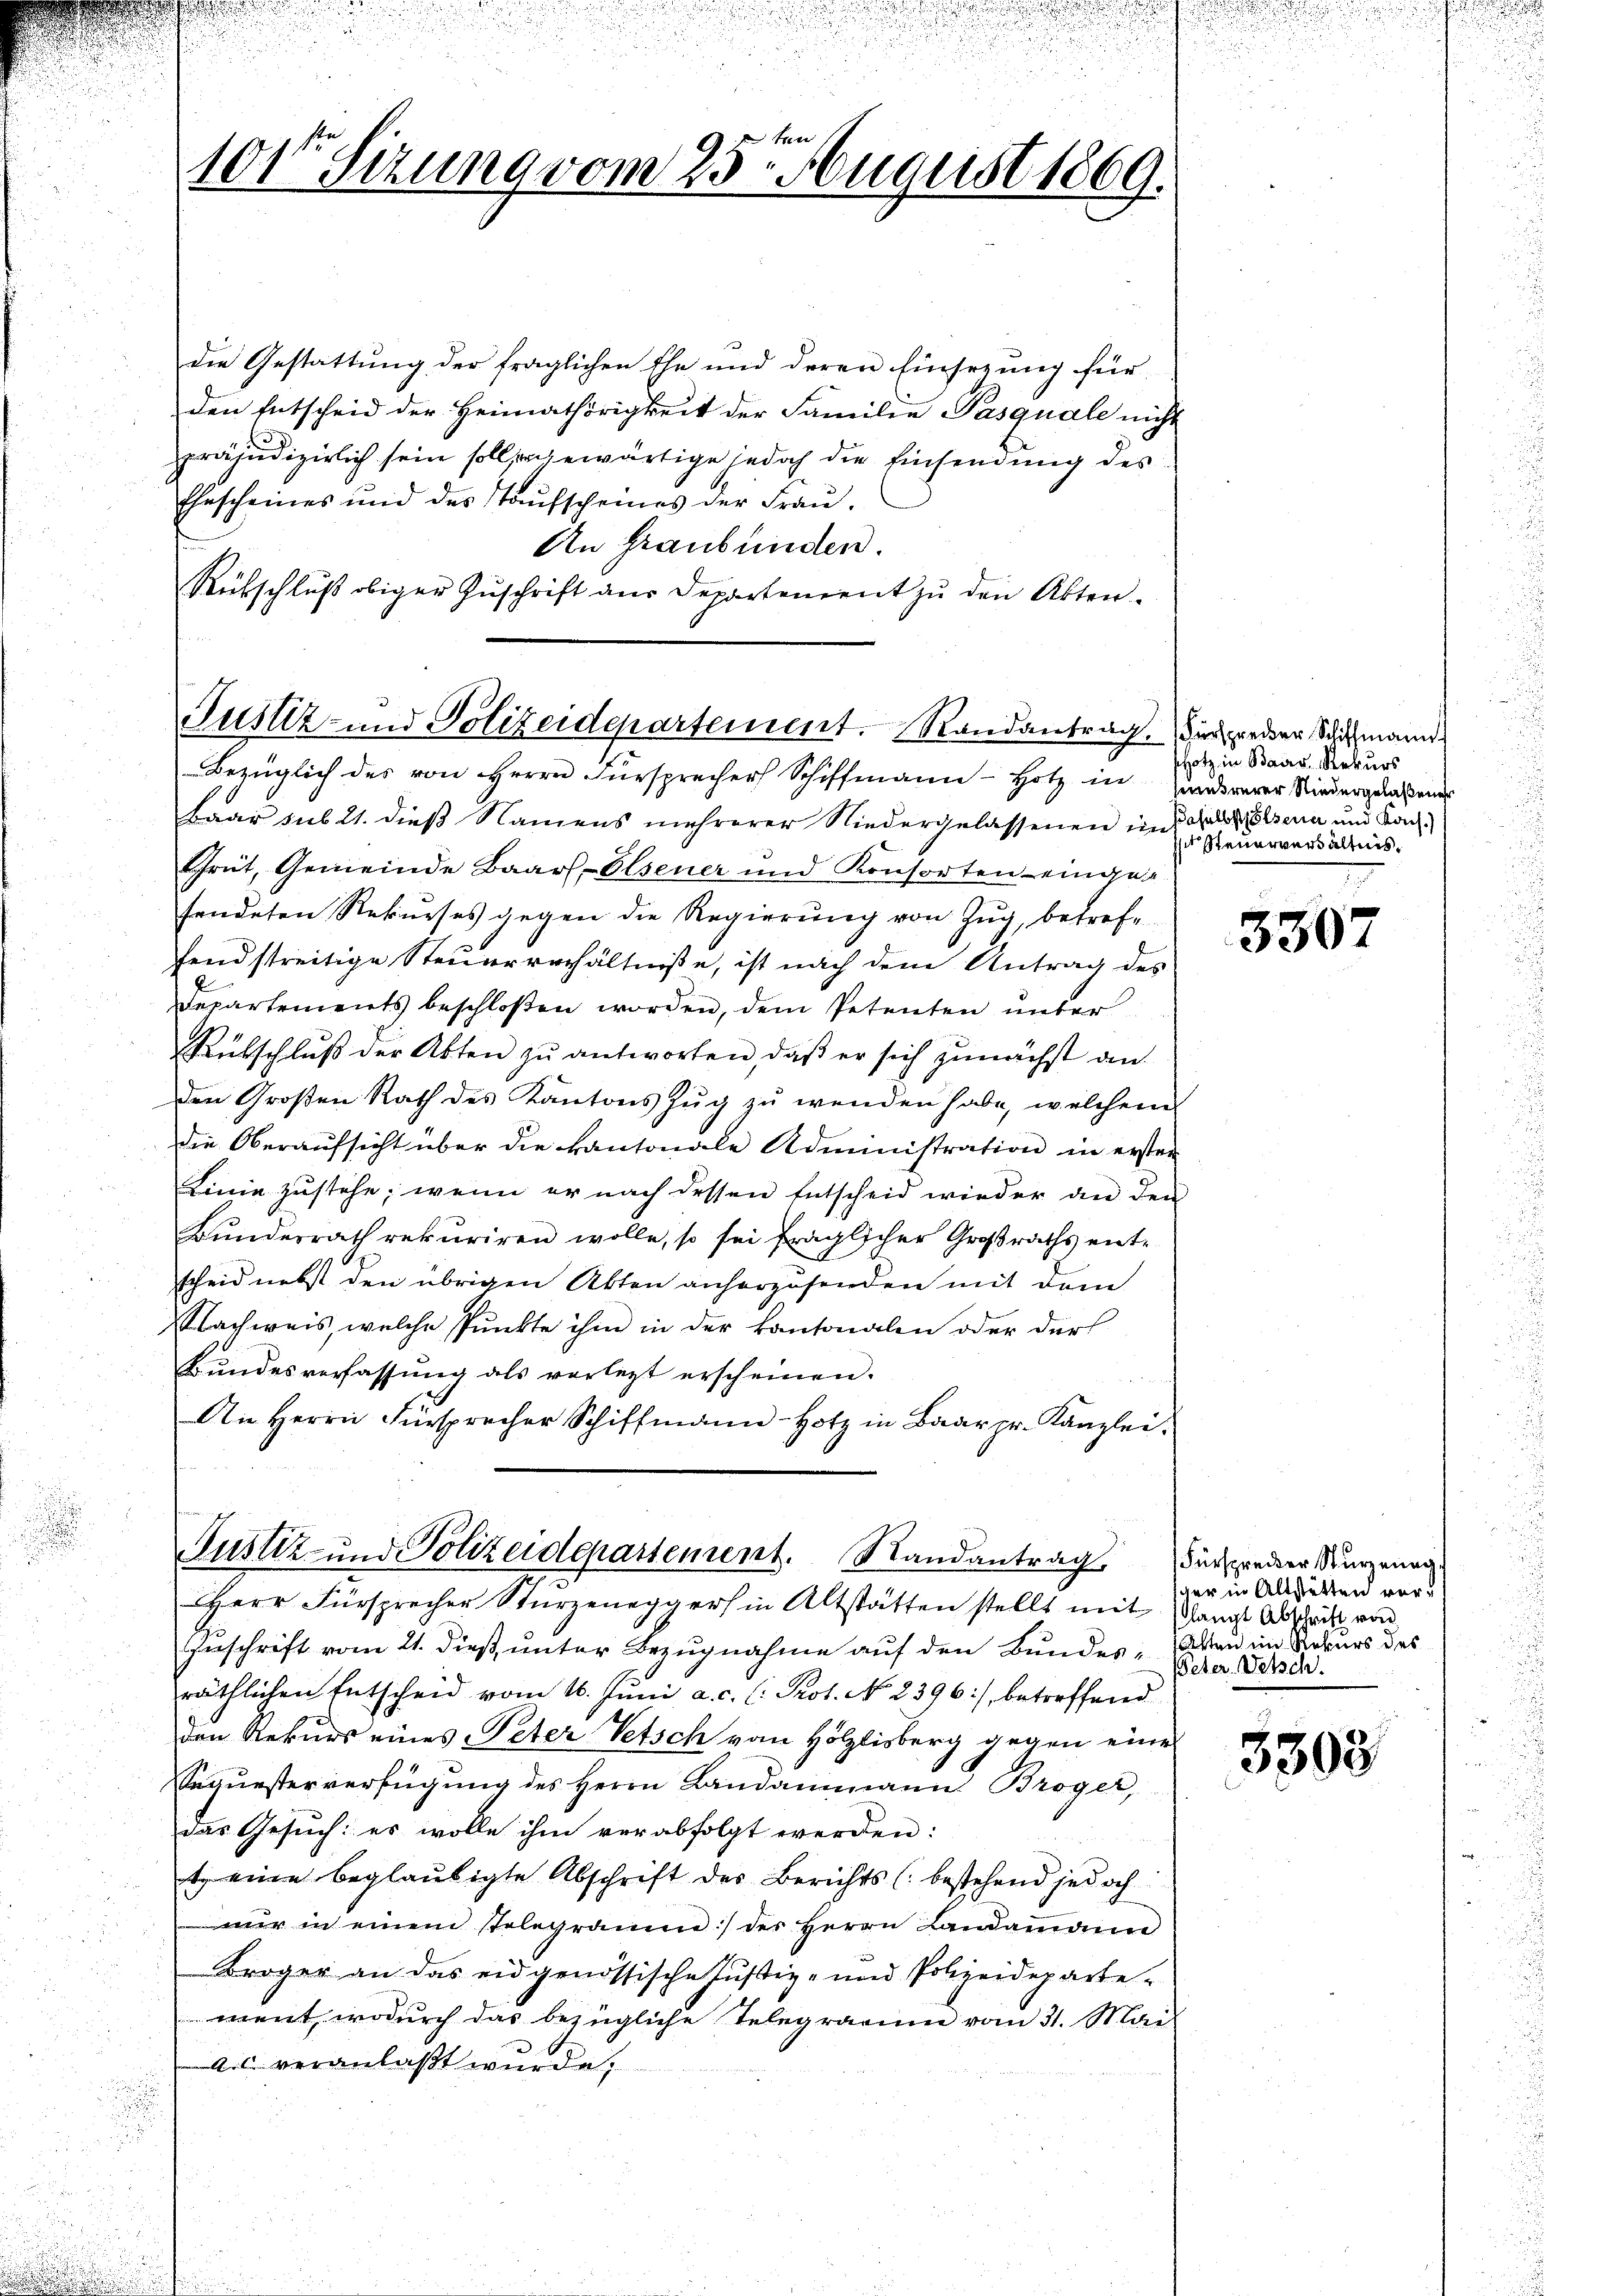
tren
101 Sizung vom 25. August 1869.

die Gestattung der fraglichen Ehe und deren Einsezung für
den Entscheid der Heimathörigkeit der Familie Pasquale nicht
.
präjudizierlich sein soll gewärtige jedoch die Einsendung des
Ehrscheines und des Taufscheines der Frau¬
An Graubünden.
Rübschluß obiger Zuschrift aus Departement zu den Akten¬

Justiz- und Polizeidepartement. Randantrag.
Bezüglich des von Herrn Fürsprecher Schiffmann-Hotz in Hundererer Niedergelaßener

Baar sub 21. dieß Namens mehrerer Niedergelassenen und als sera und Kanz¬
Grüt, Gemeinde Baarl- Elsener und Konsorten einge
sendeten Rekurses gegen die Regierung von Zŭg, betrefe
fend streitige Steuerverhältniße, ist nach dem Antrag des
Departements beschloßen worden, dem Petenten unter
Rütschlŭβ der Akten zŭ antworten, daβ er sich zunächst an.
den Großen Rath des Kantons Zŭg zŭ wenden habe, welchem
die Oberaufsicht über die kantonale Administration in ersten
Linie zustehe, wenn er nach dessen Entscheid wieder an den
Bunderrath rekuriren wolle, so sei fraglicher Großraths entscheid nebst den übrigen Akten anherzusenden mit dem
Nachweis, welche Punkte ihm in der kantonalen oder darf
Bŭndesverfassŭng als verletzt erscheinen.
An Herrn Fürsprecher Schiffmann-Hotz in Bader pr. Kanzlei-

Justiz- und Polizeidepartement. Randantrag
HHerr Fürsprecher Stürzeneggers in Altstatten stellt mit Plangt Abschrift von

Zuschrift vom 21. dieß, unter Bezugnahme auf den Bundes, den im Rekurs des
räthlichen Entscheid vom 16. Juni a. c. (: Prot. No. 2396), betreffend
den Rekurs eines Peter Petsch von Hölzlisberg gegen eine
Sequesterverfügŭng des Herrn Landammann Broger,
das Gesuch: es wolle ihm verabfolgt werden:
t, eine beglaubigte Abschrift des Berichts (bestehend jedoch
mir in einem telegramm :/ des Herrn Landammann
Kroger an das eidgenössische Justiz- und Polizeideparte-
went, wodurch das bezügliche Telegrarum vom 31. Mai
as veranlaßt wurde.

Fürsprecker Schiffmann
shotz, in Baars, Rekurs
sn Steuerverhältnis.

3307

Fürsprecher Sturznung
iger in Altstätten vor.
Peter. Welsch.

3503